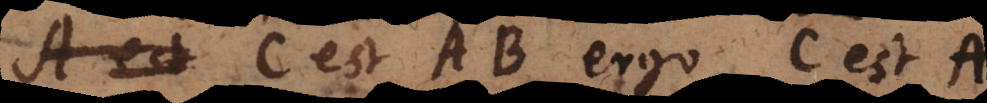
a C est AB ergo C est A.